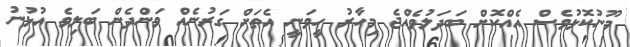
މޫނުކޮޅުވެސް އެއްކޮށް ބަދަލުވެއްޖެ މިހާރު ހީވަނީ އެތަށް ގަރުނެއް ވަންދެން ބަލިވެ އުޅުނު